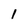
Character: 1